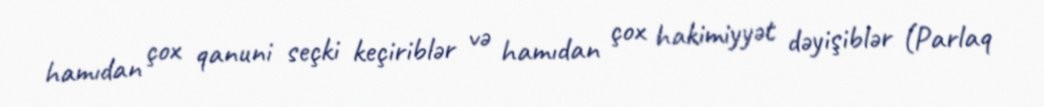
hamıdan çox qanuni seçki keçiriblər və hamıdan çox hakimiyyət dəyişiblər (Parlaq